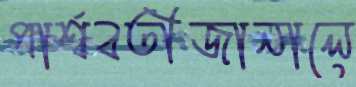
পার্শ্ববতীজানালে